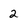
Character: 2